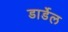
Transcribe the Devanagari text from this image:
डार्डेल